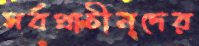
সর্বপ্রাচীনদের